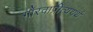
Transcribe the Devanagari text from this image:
गौरवाप्रीत्ययर्थ